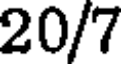
20/7